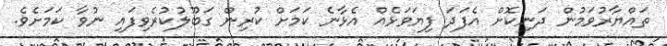
ތައްޔާރުވަމުން ދަނިކޮށް އެފަދަ ފިޔަވަޅެއް އެޅާނެ ކަމަށް ކުރިން ގަބޫލުކުރެވިފައި ނުވާ ކަމަށެވެ.